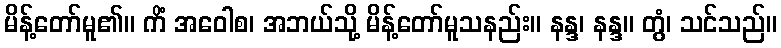
မိန့်တော်မူ၏။ ကိံ အဝေါစ၊ အဘယ်သို့ မိန့်တော်မူသနည်း။ နန္ဒ၊ နန္ဒ။ တွံ၊ သင်သည်။